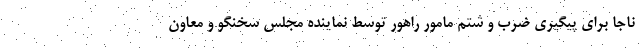
ناجا برای پیگیری ضرب و شتم مامور راهور توسط نماینده مجلس سخنگو و معاون